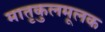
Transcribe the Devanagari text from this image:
मातृकुलमूलक